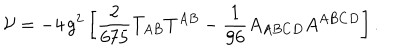
\mathcal { V } = - 4 \, g ^ { 2 } \left[ { \frac { 2 } { 6 7 5 } } T _ { A B } T ^ { A B } - { \frac { 1 } { 9 6 } } A _ { A B C D } A ^ { A B C D } \right] .